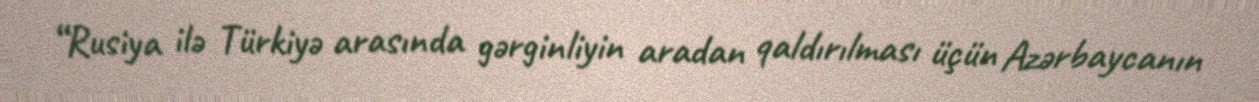
“Rusiya ilə Türkiyə arasında gərginliyin aradan qaldırılması üçün Azərbaycanın